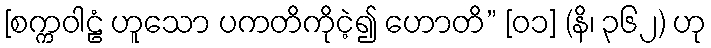
[စက္ကဝါဠံ ဟူသော ပကတိကိုငဲ့၍ ဟောတိ” [၀၁] (နိ၊ ၃၆၂) ဟု